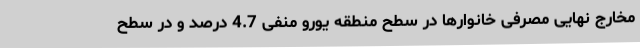
مخارج نهایی مصرفی خانوارها در سطح منطقه یورو منفی 4.7 درصد و در سطح